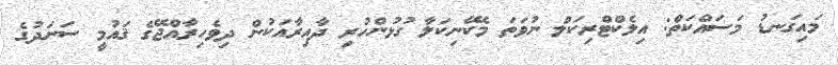
މައިގަނޑު މަސައްކަތް: އިލެކްޓްރިކަލް ނުވަތަ މެކޭނިކަލާ ގުޅުންހުރި ދާއިރާއަކުން ދިވެހިރާއްޖޭގެ ޤައުމީ ސަނަދުގެ